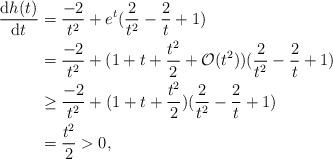
LaTeX: \begin{align*}\begin{aligned}\frac{{\rm d} h(t)}{{\rm d} t} &= \frac{-2}{t^{2}} + e^{t}(\frac{2}{t^2}-\frac{2}{t}+1)\\&= \frac{-2}{t^{2}} + (1+t+\frac{t^2}{2}+\mathcal{O}(t^2))(\frac{2}{t^2}-\frac{2}{t}+1)\\&\geq \frac{-2}{t^{2}} + (1+t+\frac{t^2}{2})(\frac{2}{t^2}-\frac{2}{t}+1)\\&= \frac{t^{2}}{2} > 0,\end{aligned}\end{align*}